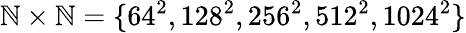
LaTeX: \mathbb{N}\times\mathbb{N}=\{ 64^{2},128^{2},256^{2},512^{2},1024^{2}\}